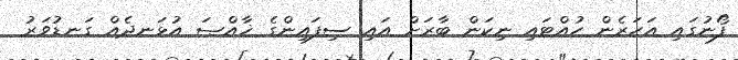
ފޯނުގައި އަހަރެން ހުއްޓައި ނިކަން ބާރަށް އައި ސިފައިންގެ ޚާއްޞަ އުޅަނދެއް ގަނޑުވަރު